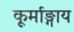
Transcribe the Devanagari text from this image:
कूर्माङ्गाय